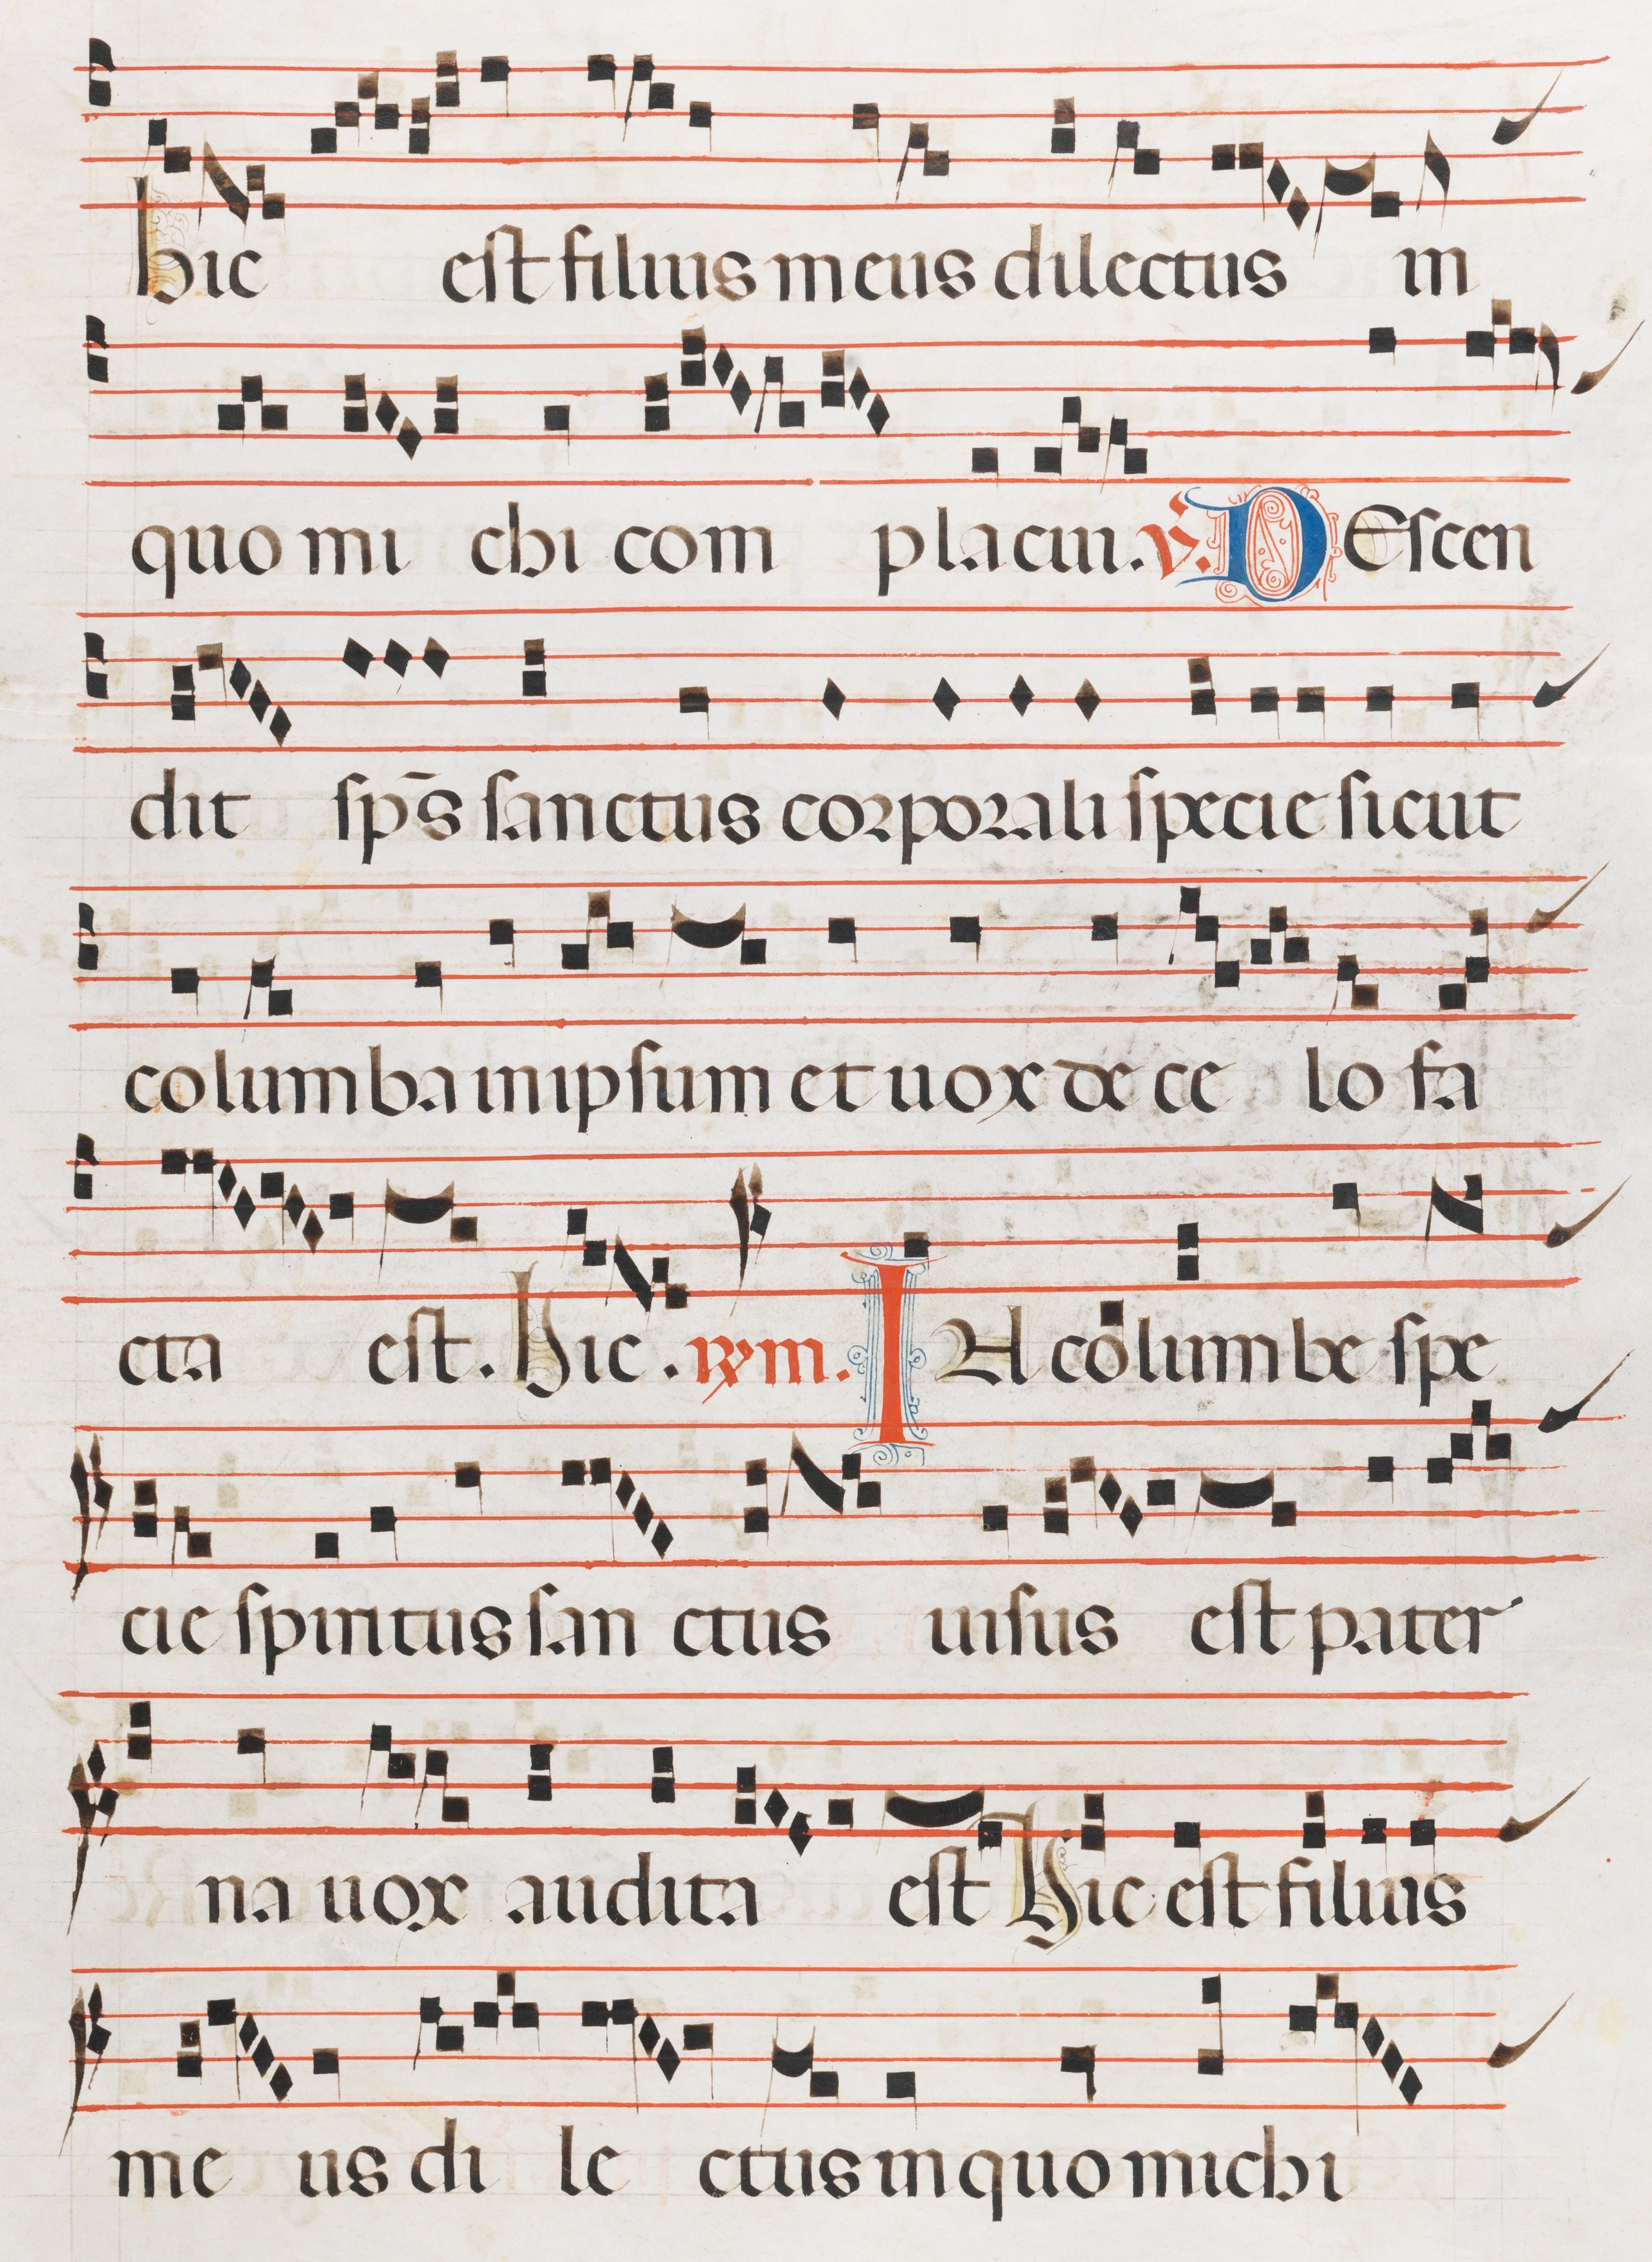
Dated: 1300–1330